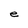
Character: e